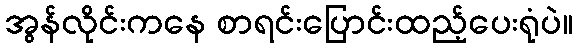
အွန်လိုင်းကနေ စာရင်းပြောင်းထည့်ပေးရုံပဲ။